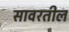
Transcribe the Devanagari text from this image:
सावरतील